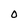
Character: O